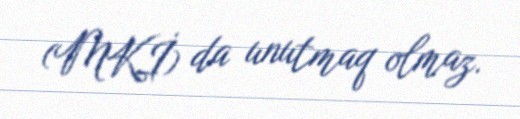
(MKİ) da unutmaq olmaz.